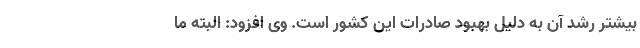
بیشتر رشد آن به دلیل بهبود صادرات این کشور است. وی افزود: البته ما